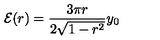
{ \cal E } ( r ) = \frac { 3 \pi r } { 2 \sqrt { 1 - r ^ { 2 } } } y _ { 0 }